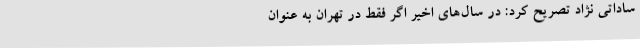
ساداتی نژاد تصریح کرد: در سال‌های اخیر اگر فقط در تهران به عنوان